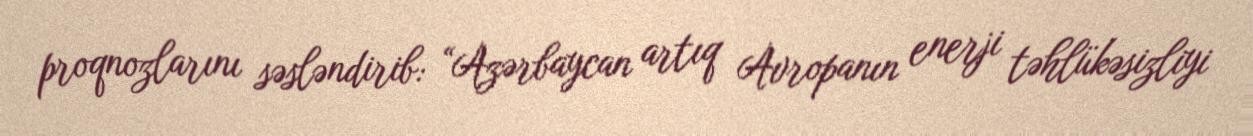
proqnozlarını səsləndirib: “Azərbaycan artıq Avropanın enerji təhlükəsizliyi